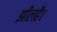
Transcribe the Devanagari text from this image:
झीलहै।